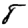
Digit: 8